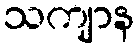
သကျာန